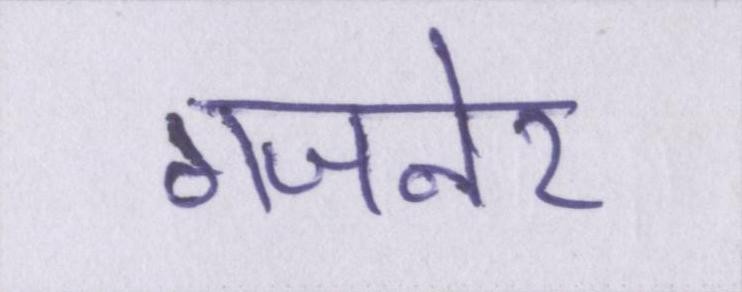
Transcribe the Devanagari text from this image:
गजनेर